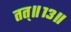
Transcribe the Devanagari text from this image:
तत्॥१३॥